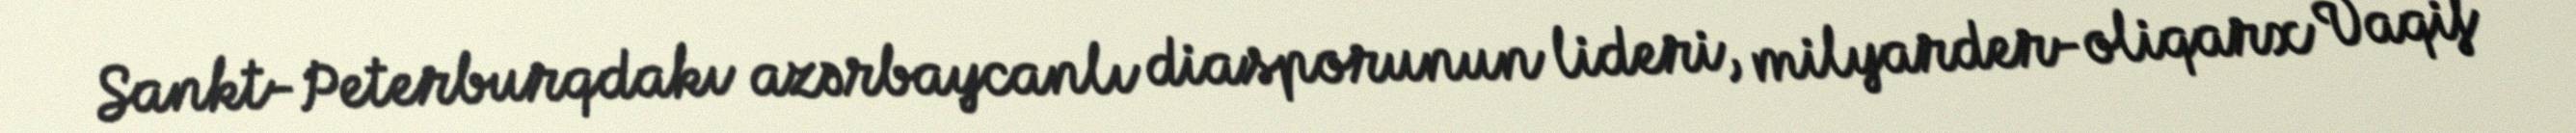
Sankt-Peterburqdakı azərbaycanlı diasporunun lideri, milyarder-oliqarx Vaqif